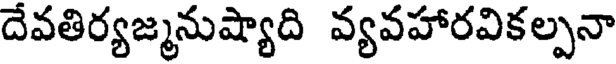
దేవతిర్యజ్మనుష్యాది వ్యవహారవికల్పనా